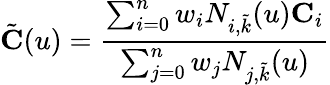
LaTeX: \tilde{\textbf{C}}(u)=\frac{\sum_{i=0}^{n}w_{i}N_{i,\tilde{k}}(u)\textbf{C}_{i}}{\sum_{j=0}^{n}w_{j}N_{j,\tilde{k}}(u)}